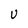
Character: u